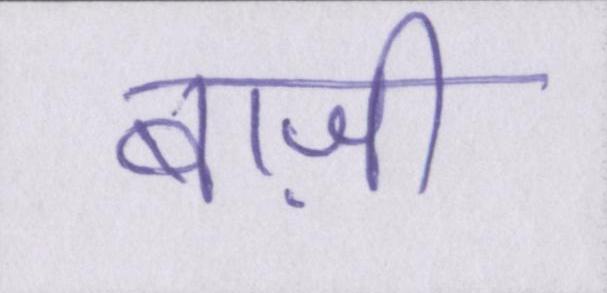
बाज़ी